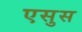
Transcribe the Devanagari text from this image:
एसुस